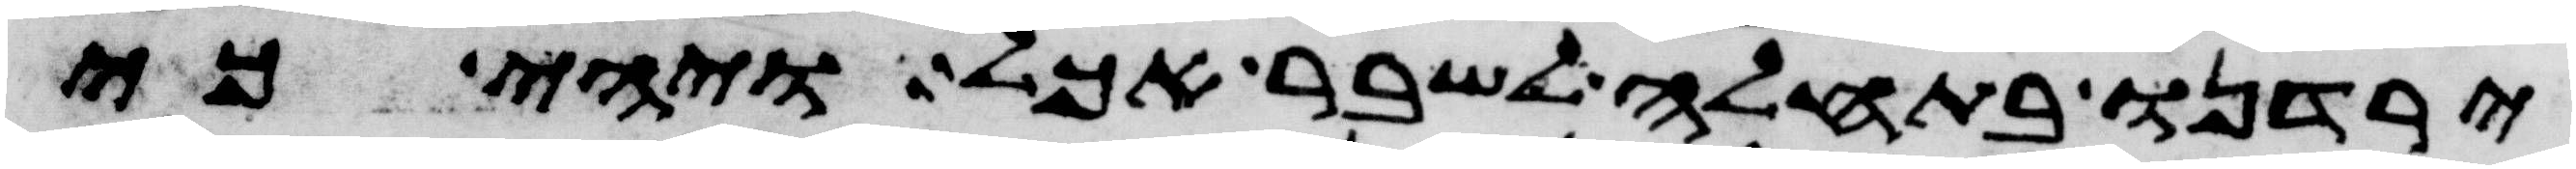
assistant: ירדנו בתחלה לשבר אכל ויהי כי